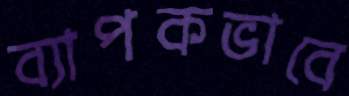
ব্যাপকভাবে